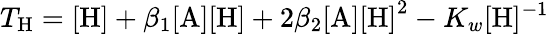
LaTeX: T_{\mathrm{H}}=\mathrm{[H]}+\beta_{1}\mathrm{[A][H]}+2\beta_{2}\mathrm{[A][H]}^{2}-K_{w}[\mathrm{H}]^{-1}